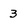
Character: 3